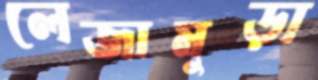
লেজামুড়া